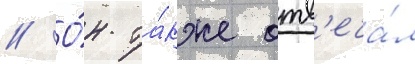
// О́н та́кже отв'еча́л